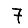
Digit: 7